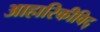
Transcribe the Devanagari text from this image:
आहारिकीविद्